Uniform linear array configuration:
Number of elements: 24
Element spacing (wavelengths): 0.75
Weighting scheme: uniform
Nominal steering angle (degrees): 45
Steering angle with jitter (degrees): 43.177
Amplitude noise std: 0.05
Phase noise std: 0.05

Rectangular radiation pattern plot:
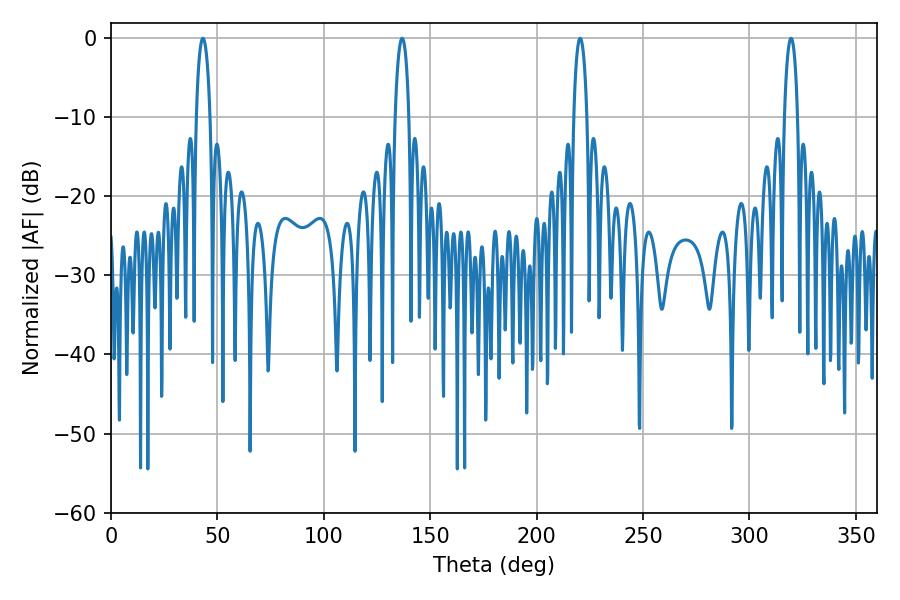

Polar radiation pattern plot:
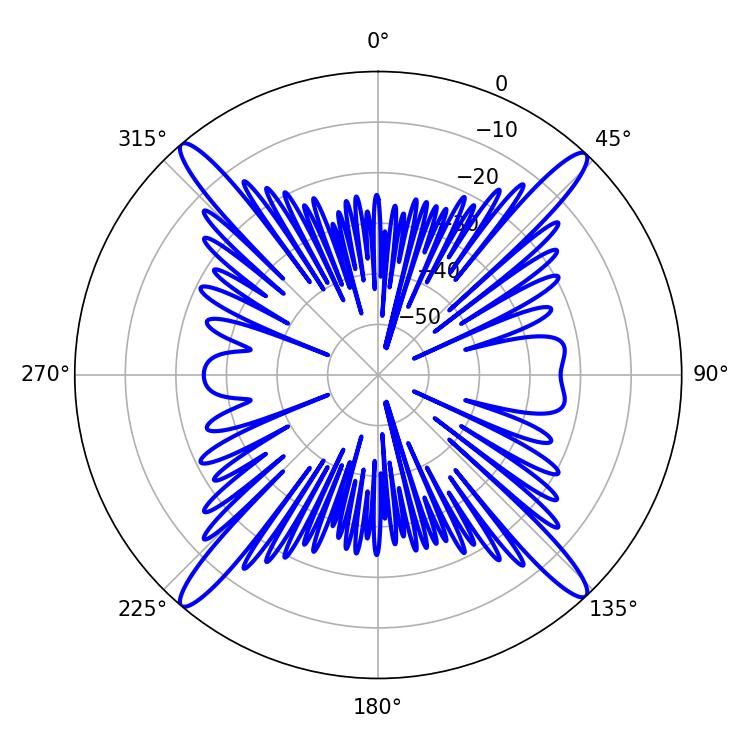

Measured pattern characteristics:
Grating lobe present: TRUE
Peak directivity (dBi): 22.946
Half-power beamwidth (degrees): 3.6
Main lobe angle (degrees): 43.2